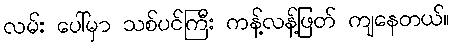
လမ်း ပေါ်မှာ သစ်ပင်ကြီး ကန့်လန့်ဖြတ် ကျနေတယ်။